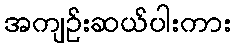
အကျဉ်းဆယ်ပါးကား